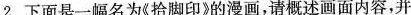
2.下面是一幅名为《拾脚印》的漫画，请概述画面内容，并